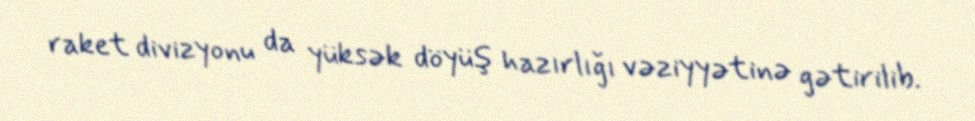
raket divizyonu da yüksək döyüş hazırlığı vəziyyətinə gətirilib.